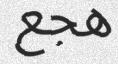
ھجع